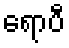
ရောပီ